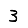
Digit: 3